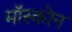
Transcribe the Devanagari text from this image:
मॉस्कोन